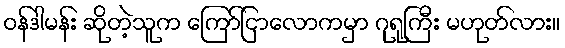
ဝန်ဒါမန်း ဆိုတဲ့သူက ကြော်ငြာလောကမှာ ဂုရုကြီး မဟုတ်လား။